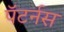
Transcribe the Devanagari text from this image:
पॅटर्नस